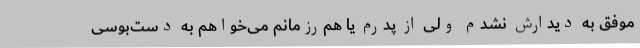
موفق به دیدارش نشدم ولی از پدرم یا هم‌رزمانم می‌خواهم به دست‌بوسی